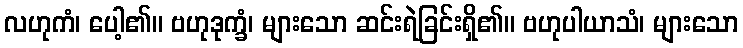
လဟုကံ၊ ပေါ့၏။ ဗဟုဒုက္ခံ၊ များသော ဆင်းရဲခြင်းရှိ၏။ ဗဟုပါယာသံ၊ များသော